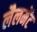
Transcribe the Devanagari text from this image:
लैलमेंट